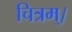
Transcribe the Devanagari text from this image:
चित्रम्।